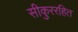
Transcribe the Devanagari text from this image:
सीकुररहित